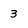
Character: 3